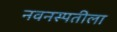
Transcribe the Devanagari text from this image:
नवनस्पतीला